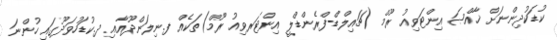
ކުޑަކުދިންނަށް ޚާއްޞަ އިންޓަވިއު ރޫމް (ޗައިލްޑް-ފްރެންޑްލީ އިންޓަރވިއު ރޫމް)ތަކެއް ފ.ނިލަންދޫއާއި ދ.ކުޑަހުވަދޫގައި ހުންނަ